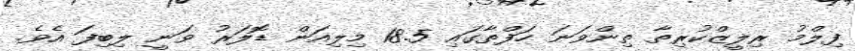
ފިލްމު ރިލީޒްކުރިތާ ތިންވަނަ ހަފްތާގައި 18.5 މިލިއަން ޑޮލަރު ވަނީ ލިބިފަ އެވެ.